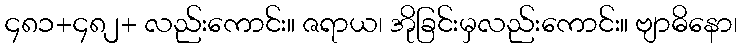
၄၈၁+၄၈၂+ လည်းကောင်း။ ဇရာယ၊ အိုခြင်းမှလည်းကောင်း။ ဗျာဓိနော၊